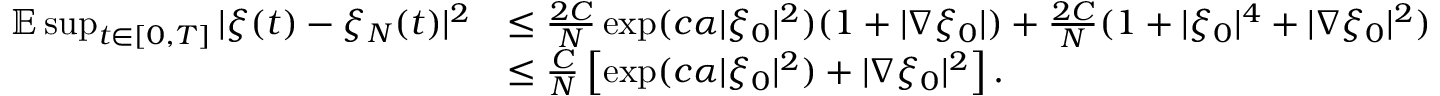
\begin{array} { r l } { \mathbb { E } \operatorname* { s u p } _ { t \in [ 0 , T ] } | \xi ( t ) - \xi _ { N } ( t ) | ^ { 2 } } & { \leq \frac { 2 C } { N } \exp ( c \alpha | \xi _ { 0 } | ^ { 2 } ) ( 1 + | \nabla \xi _ { 0 } | ) + \frac { 2 C } { N } ( 1 + | \xi _ { 0 } | ^ { 4 } + | \nabla \xi _ { 0 } | ^ { 2 } ) } \\ & { \leq \frac { C } { N } \left[ \exp ( c \alpha | \xi _ { 0 } | ^ { 2 } ) + | \nabla \xi _ { 0 } | ^ { 2 } \right] . } \end{array}